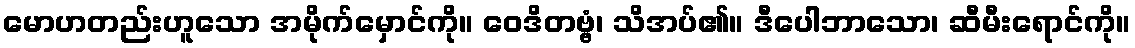
မောဟတည်းဟူသော အမိုက်မှောင်ကို။ ဝေဒိတဗ္ဗံ၊ သိအပ်၏။ ဒီပေါဘာသော၊ ဆီမီးရောင်ကို။